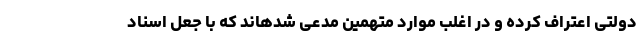
دولتی اعتراف کرده و در اغلب موارد متهمین مدعی شدهاند که با جعل اسناد